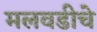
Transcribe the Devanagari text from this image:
मलवडीचे